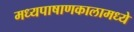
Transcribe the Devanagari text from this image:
मध्यपाषाणकालामध्ये